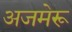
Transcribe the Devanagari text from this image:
अजमेरू